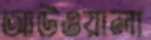
আউওয়ালা